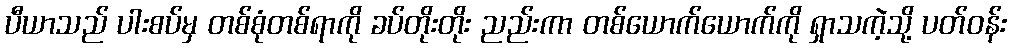
ပီယာသည် ပါးစပ်မှ တစ်စုံတစ်ရာကို ခပ်တိုးတိုး ညည်းကာ တစ်ယောက်ယောက်ကို ရှာသကဲ့သို့ ပတ်ဝန်း